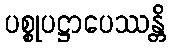
ပစ္စုပဋ္ဌာပေဿန္တိ